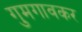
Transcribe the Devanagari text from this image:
गुमगावकर